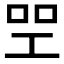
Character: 𠱯